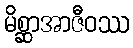
မိစ္ဆာအာဇီဝဿ